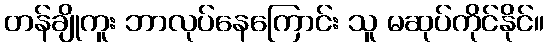
တန်ချိုကူး ဘာလုပ်နေကြောင်း သူ မဆုပ်ကိုင်နိုင်။